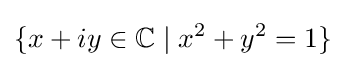
\{x+iy\in \mathbb {C} \mid x^{2}+y^{2}=1\}